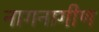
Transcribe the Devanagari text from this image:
नागनागीण